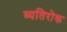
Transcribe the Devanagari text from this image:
व्यतिरोक